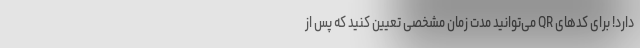
دارد! برای کدهای QR می‌توانید مدت زمان مشخصی تعیین کنید که پس از